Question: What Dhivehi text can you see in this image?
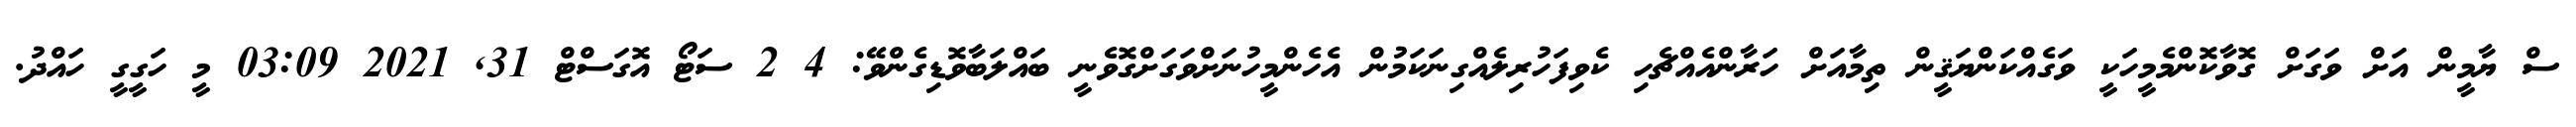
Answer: ސް ޔާމީން އަށް ވަގަށް ގޮވާކޮންމެމީހަކީ ވަގެއްކަންޔަޤީން ތިމާއަށް ހަރާންއެއްޗެހި ކެވިފަހުރިލެއްގިނަކަމުން އެހެންމީހުނަށްވަގަށްގޮވެނީ ބައްލަބާވޮޑިގެންވޭ: 4 2 ސަޓޯ އޮގަސްޓް 31, 2021 03:09 މީ ހަގީގީ ހައްދު.